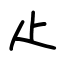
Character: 龰